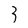
Character: 3